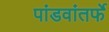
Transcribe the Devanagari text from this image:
पांडवांतर्फे